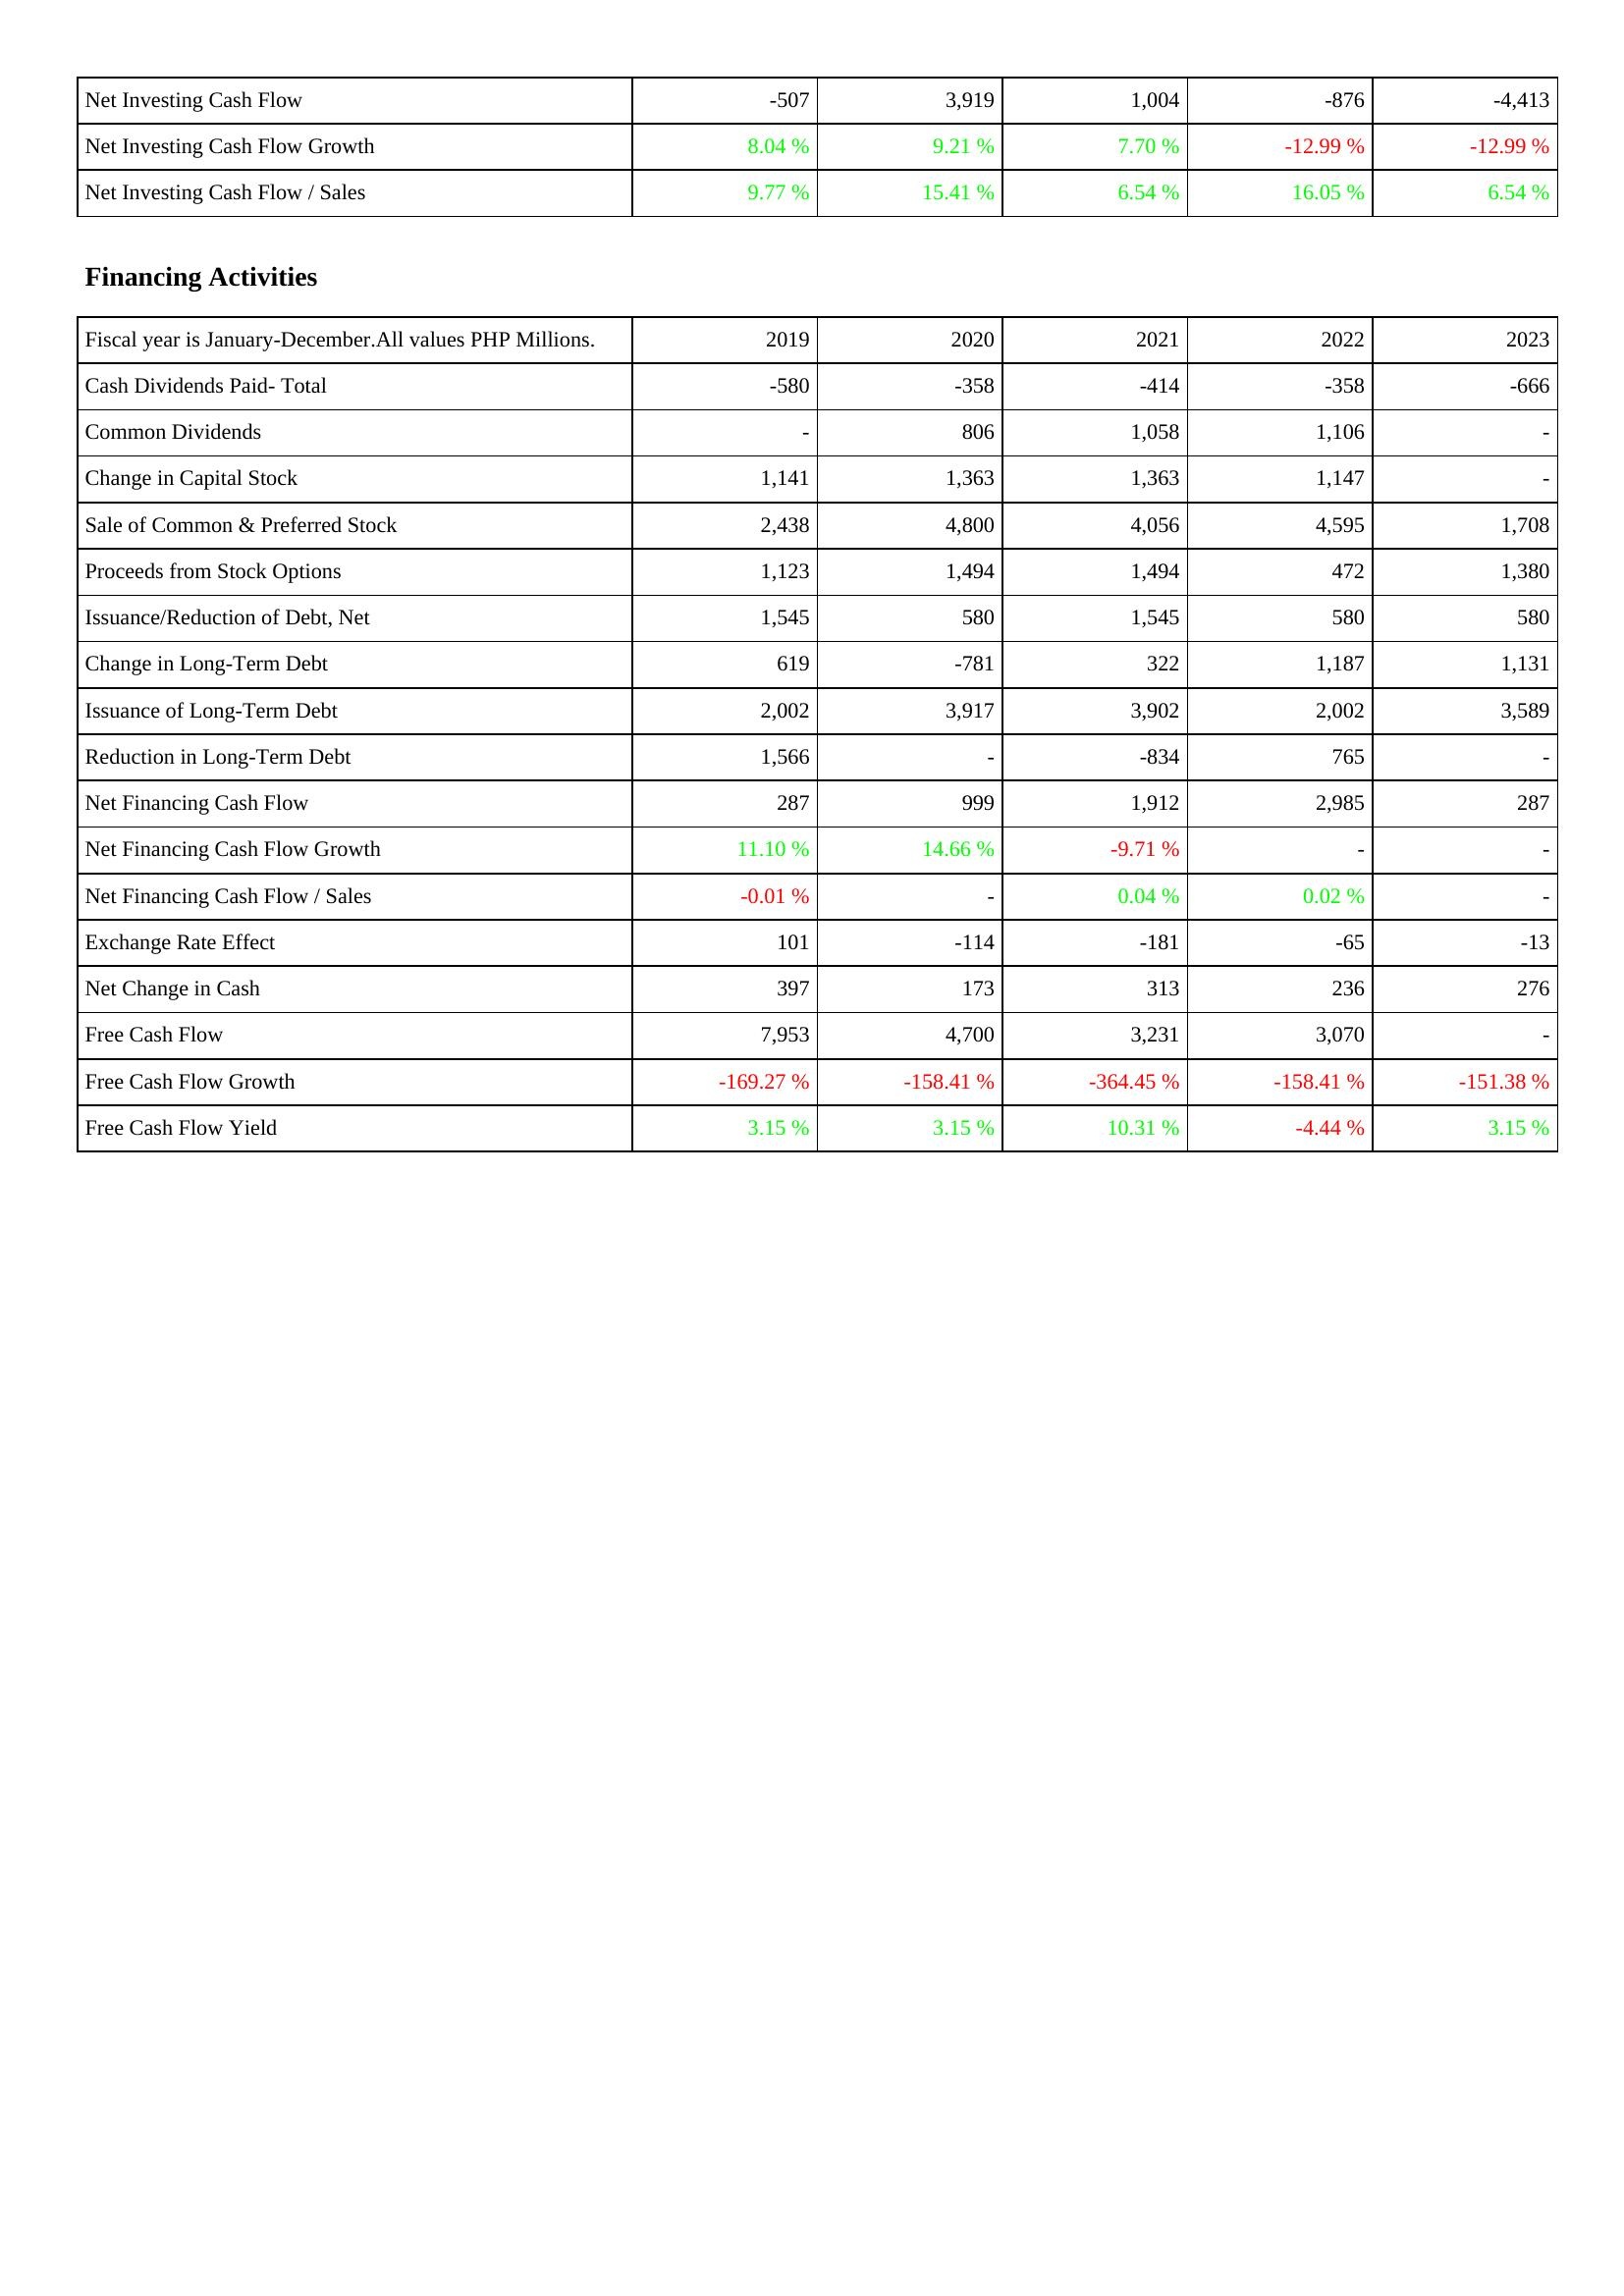
2019: Investing Activities: Net Investing Cash Flow: -507
Net Investing Cash Flow Growth: 8.04 %
Net Investing Cash Flow / Sales: 9.77 %
Financing Activities: Cash Dividends Paid- Total: -580
Common Dividends: -
Change in Capital Stock: 1,141
Sale of Common & Preferred Stock: 2,438
Proceeds from Stock Options: 1,123
Issuance/Reduction of Debt, Net: 1,545
Change in Long-Term Debt: 619
Issuance of Long-Term Debt: 2,002
Reduction in Long-Term Debt: 1,566
Net Financing Cash Flow: 287
Net Financing Cash Flow Growth: 11.10 %
Net Financing Cash Flow / Sales: -0.01 %
Exchange Rate Effect: 101
Net Change in Cash: 397
Free Cash Flow: 7,953
Free Cash Flow Growth: -169.27 %
Free Cash Flow Yield: 3.15 %
2020: Investing Activities: Net Investing Cash Flow: 3,919
Net Investing Cash Flow Growth: 9.21 %
Net Investing Cash Flow / Sales: 15.41 %
Financing Activities: Cash Dividends Paid- Total: -358
Common Dividends: 806
Change in Capital Stock: 1,363
Sale of Common & Preferred Stock: 4,800
Proceeds from Stock Options: 1,494
Issuance/Reduction of Debt, Net: 580
Change in Long-Term Debt: -781
Issuance of Long-Term Debt: 3,917
Reduction in Long-Term Debt: -
Net Financing Cash Flow: 999
Net Financing Cash Flow Growth: 14.66 %
Net Financing Cash Flow / Sales: -
Exchange Rate Effect: -114
Net Change in Cash: 173
Free Cash Flow: 4,700
Free Cash Flow Growth: -158.41 %
Free Cash Flow Yield: 3.15 %
2021: Investing Activities: Net Investing Cash Flow: 1,004
Net Investing Cash Flow Growth: 7.70 %
Net Investing Cash Flow / Sales: 6.54 %
Financing Activities: Cash Dividends Paid- Total: -414
Common Dividends: 1,058
Change in Capital Stock: 1,363
Sale of Common & Preferred Stock: 4,056
Proceeds from Stock Options: 1,494
Issuance/Reduction of Debt, Net: 1,545
Change in Long-Term Debt: 322
Issuance of Long-Term Debt: 3,902
Reduction in Long-Term Debt: -834
Net Financing Cash Flow: 1,912
Net Financing Cash Flow Growth: -9.71 %
Net Financing Cash Flow / Sales: 0.04 %
Exchange Rate Effect: -181
Net Change in Cash: 313
Free Cash Flow: 3,231
Free Cash Flow Growth: -364.45 %
Free Cash Flow Yield: 10.31 %
2022: Investing Activities: Net Investing Cash Flow: -876
Net Investing Cash Flow Growth: -12.99 %
Net Investing Cash Flow / Sales: 16.05 %
Financing Activities: Cash Dividends Paid- Total: -358
Common Dividends: 1,106
Change in Capital Stock: 1,147
Sale of Common & Preferred Stock: 4,595
Proceeds from Stock Options: 472
Issuance/Reduction of Debt, Net: 580
Change in Long-Term Debt: 1,187
Issuance of Long-Term Debt: 2,002
Reduction in Long-Term Debt: 765
Net Financing Cash Flow: 2,985
Net Financing Cash Flow Growth: -
Net Financing Cash Flow / Sales: 0.02 %
Exchange Rate Effect: -65
Net Change in Cash: 236
Free Cash Flow: 3,070
Free Cash Flow Growth: -158.41 %
Free Cash Flow Yield: -4.44 %
2023: Investing Activities: Net Investing Cash Flow: -4,413
Net Investing Cash Flow Growth: -12.99 %
Net Investing Cash Flow / Sales: 6.54 %
Financing Activities: Cash Dividends Paid- Total: -666
Common Dividends: -
Change in Capital Stock: -
Sale of Common & Preferred Stock: 1,708
Proceeds from Stock Options: 1,380
Issuance/Reduction of Debt, Net: 580
Change in Long-Term Debt: 1,131
Issuance of Long-Term Debt: 3,589
Reduction in Long-Term Debt: -
Net Financing Cash Flow: 287
Net Financing Cash Flow Growth: -
Net Financing Cash Flow / Sales: -
Exchange Rate Effect: -13
Net Change in Cash: 276
Free Cash Flow: -
Free Cash Flow Growth: -151.38 %
Free Cash Flow Yield: 3.15 %